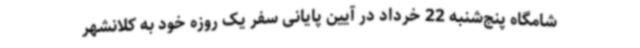
شامگاه پنج‌شنبه 22 خرداد در آیین پایانی سفر یک روزه خود به کلانشهر